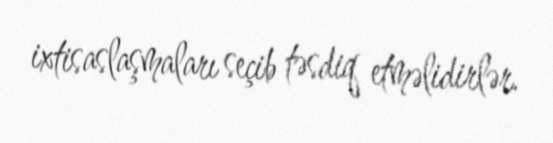
ixtisaslaşmaları seçib təsdiq etməlidirlər.